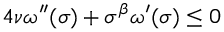
4 \nu \omega ^ { \prime \prime } ( \sigma ) + \sigma ^ { \beta } \omega ^ { \prime } ( \sigma ) \leq 0